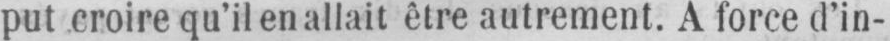
put croire qu’il en allait être autrement. A force d’in-